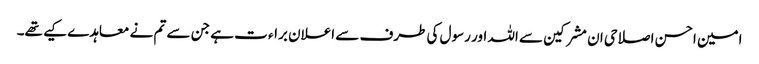
امین احسن اصلاحی ان مشرکین سے اللہ اور رسول کی طرف سے اعلان براء ت ہے جن سے تم نے معاہدے کیے تھے۔